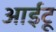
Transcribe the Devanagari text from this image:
आईटू